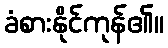
ခံစားနိုင်ကုန်၏။